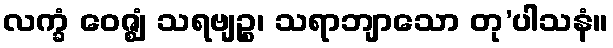
လက္ခံ ဝေဇ္ဈံ သရဗျဉ္စ၊ သရာဘျာသော တု’ပါသနံ။